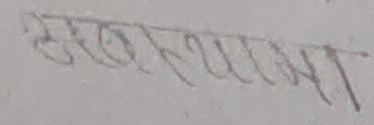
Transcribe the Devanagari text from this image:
सौम्भत्थ्यम